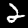
Label: 2